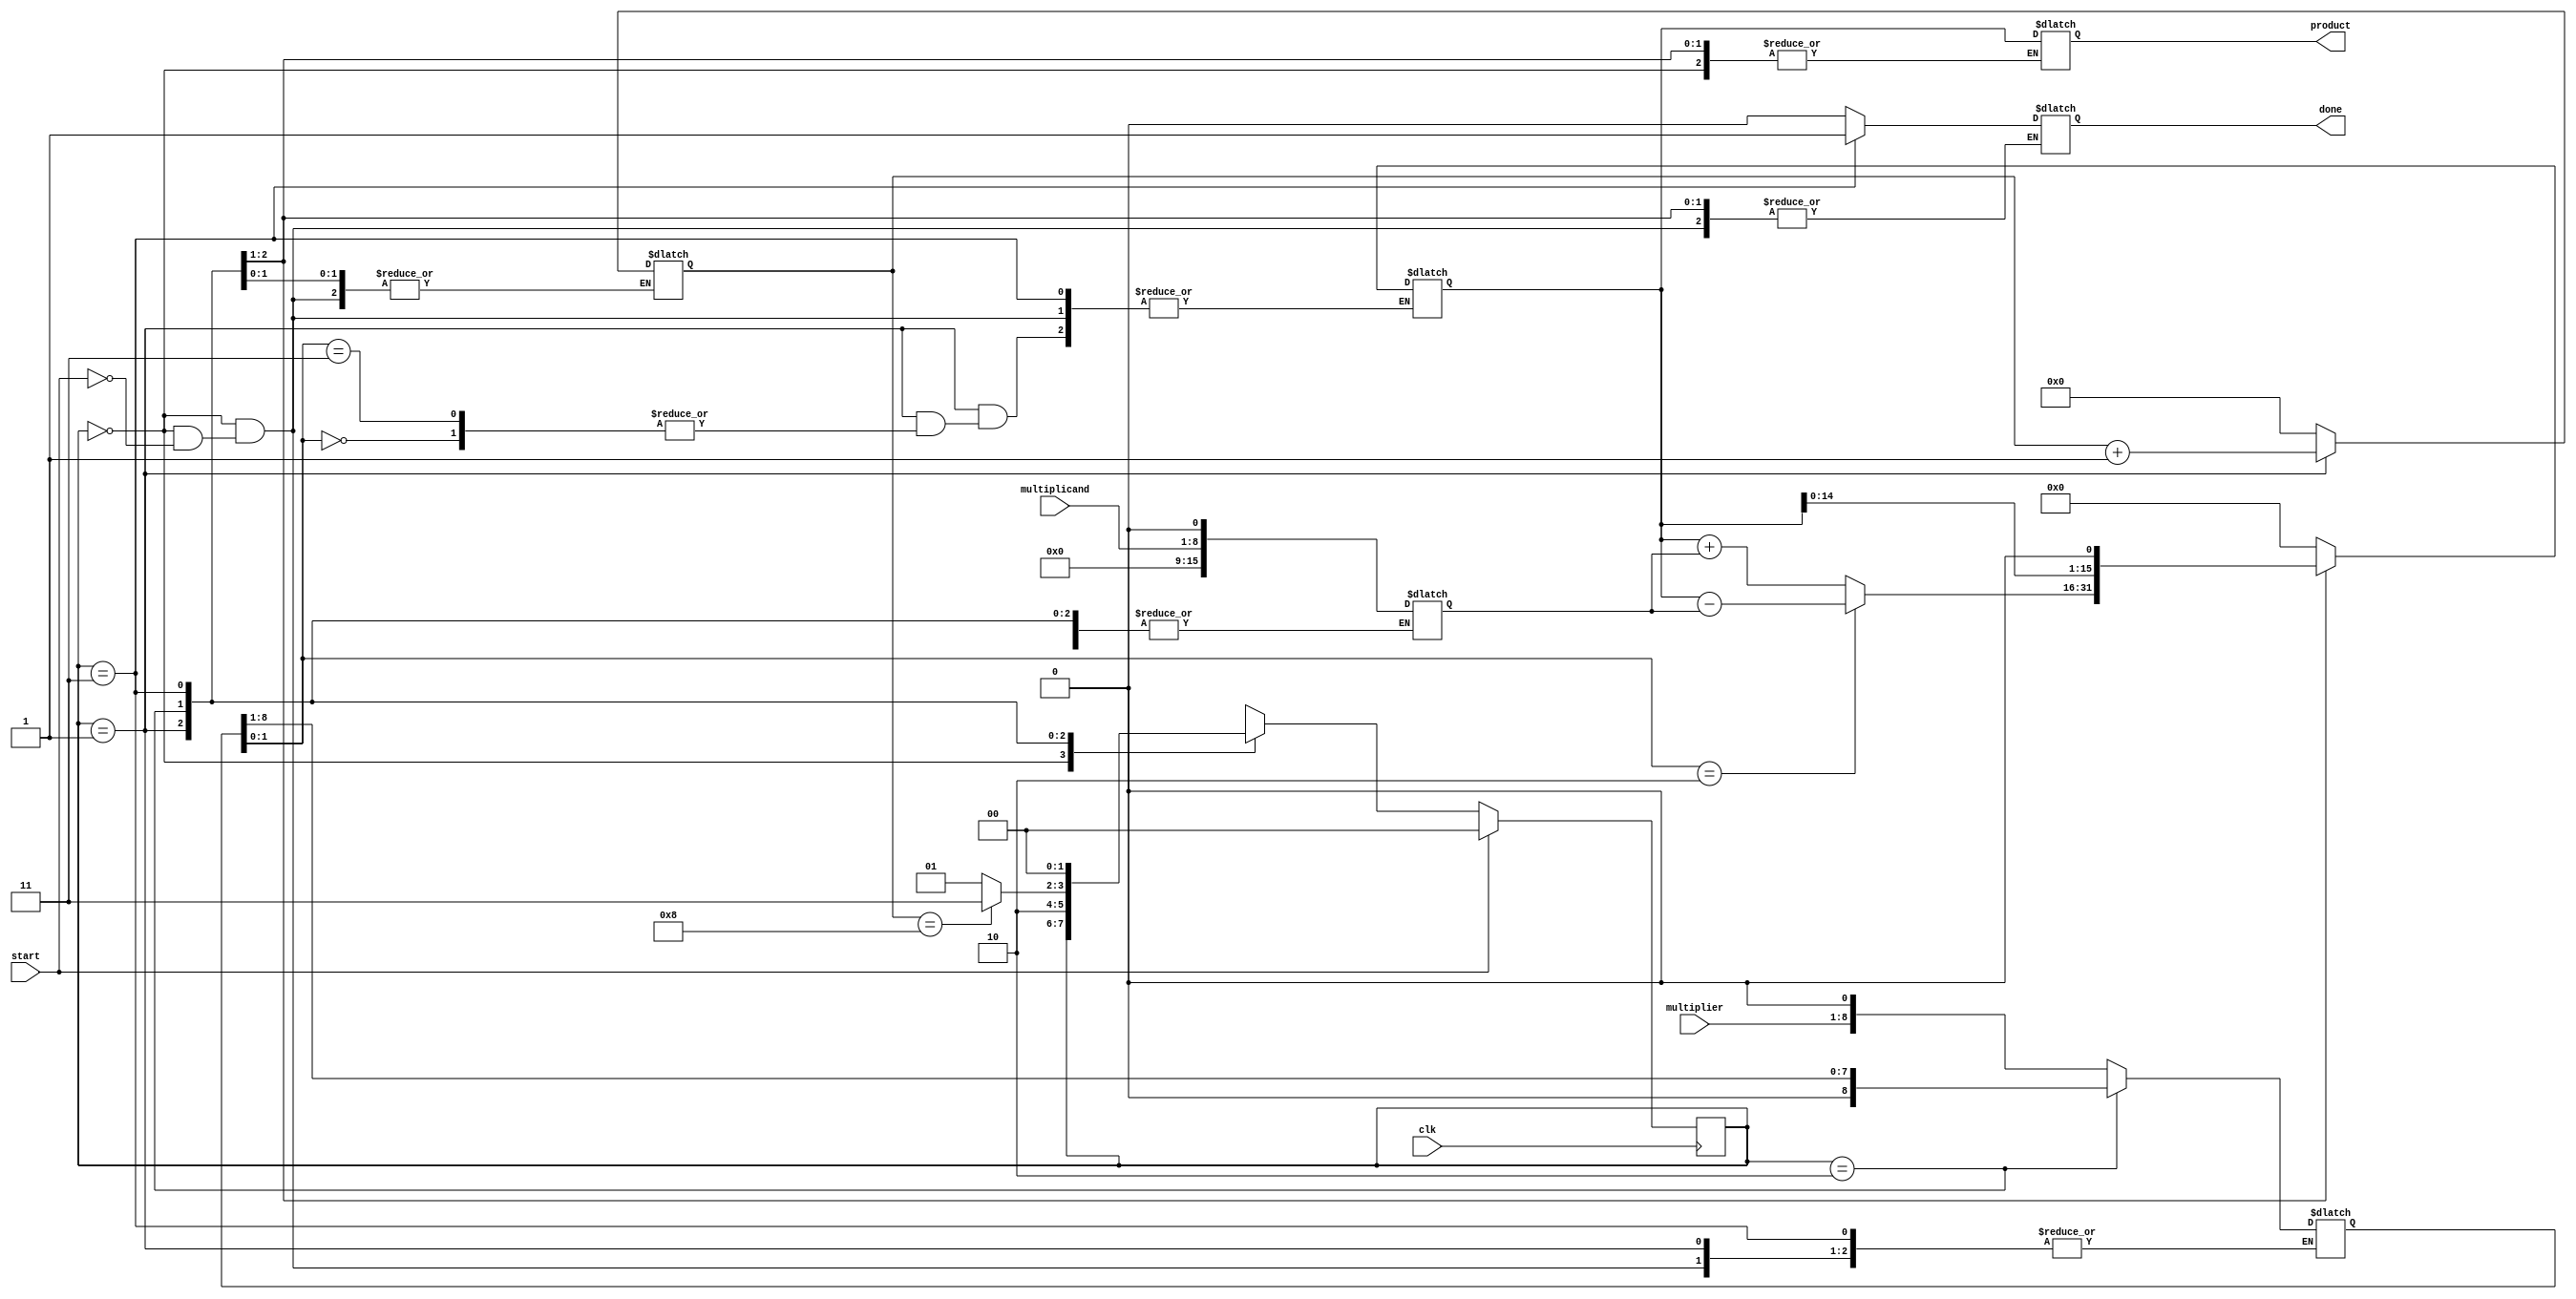
module modified_booth_multiplier #(parameter WIDTH = 8) (
    input  wire signed [WIDTH-1:0] multiplicand, // A
    input  wire signed [WIDTH-1:0] multiplier,   // B
    output reg signed [2*WIDTH-1:0] product,      // Result
    input  wire clk,                               // Clock signal
    input  wire start,                             // Start signal
    output reg done                                // Done signal
);

reg [WIDTH-1:0] A; // Multiplicand
reg [WIDTH-1:0] B; // Multiplier
reg [2*WIDTH-1:0] P; // Partial product
reg [WIDTH:0] Q; // Extended multiplier (B)
reg [2*WIDTH-1:0] M; // Extended multiplicand (A)
reg [3:0] count; // Counter for iteration

// State encoding
localparam IDLE = 2'b00, EXECUTE = 2'b01, SHIFT = 2'b10, DONE = 2'b11;
reg [1:0] state, next_state;

always @(posedge clk) begin
    if (start) begin
        state <= IDLE;
    end else begin
        state <= next_state;
    end
end

always @(*) begin
    next_state = state; // Default to current state
    case (state)
        IDLE: begin
            if (start) begin
                A = multiplicand;
                B = multiplier;
                P = 0;
                M = {A, 1'b0}; // Extend A with a 0 for Booth
                Q = {B, 1'b0}; // Extend B with a 0 for Booth
                count = 0;
                next_state = EXECUTE;
                done = 0;
            end
        end
        EXECUTE: begin
            case (Q[1:0]) // Look at the last two bits of Q
                2'b00: begin
                    // Do nothing
                end
                2'b01: begin
                    P = P + M; // Add multiplicand
                end
                2'b10: begin
                    P = P - M; // Subtract multiplicand
                end
                2'b11: begin
                    // Do nothing
                end
            endcase

            count = count + 1;
            next_state = SHIFT;
        end
        SHIFT: begin
            P = {P[2*WIDTH-2:0], 1'b0}; // Shift left accumulator
            Q = {Q[WIDTH:1]}; // Shift right Q
            if (count == WIDTH) begin
                next_state = DONE;
            end else begin
                next_state = EXECUTE;
            end
        end
        DONE: begin
            product = P; // Final product
            done = 1; // Indicate completion
            next_state = IDLE; // Go back to IDLE
        end
    endcase
end

endmodule